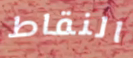
النقاط